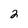
Character: 2